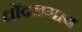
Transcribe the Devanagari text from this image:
धोंदलगाव